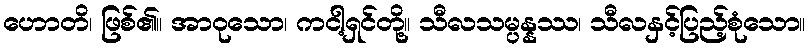
ဟောတိ၊ ဖြစ်၏။ အာဝုသော၊ ကငါ့ရှင်တို့။ သီလသမ္ပန္နဿ၊ သီလနှင့်ပြည့်စုံသော။